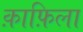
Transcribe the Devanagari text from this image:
क़ाफ़िला